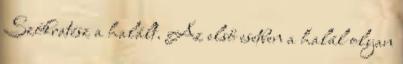
Szókratész a halált. Az első esetben a halál olyan